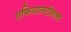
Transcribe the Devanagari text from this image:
एफियालटीसला